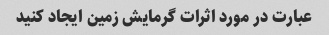
عبارت در مورد اثرات گرمایش زمین ایجاد کنید